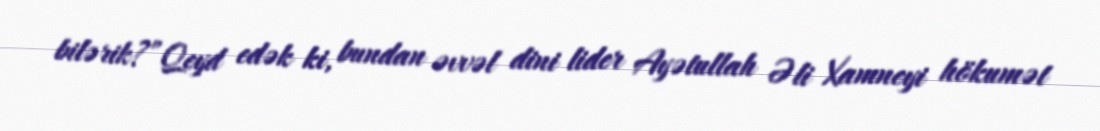
bilərik?”Qeyd edək ki, bundan əvvəl dini lider Ayətullah Əli Xamneyi hökumət